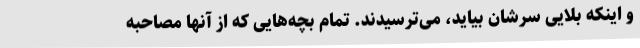
و اینکه بلایی سرشان بیاید، می‌ترسیدند. تمام بچه‌هایی که از آنها مصاحبه